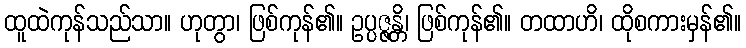
ထူထဲကုန်သည်သာ။ ဟုတွာ၊ ဖြစ်ကုန်၏။ ဥပ္ပဇ္ဇန္တိ၊ ဖြစ်ကုန်၏။ တထာဟိ၊ ထိုစကားမှန်၏။